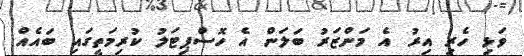
ވަޅި ހެރި އިރު އެ މަންޒަރު ބަލަން އެ ހޮސްޕިޓަލު ކުރިމަތީގައި ބައެއް